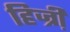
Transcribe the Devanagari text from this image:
हिज्री़